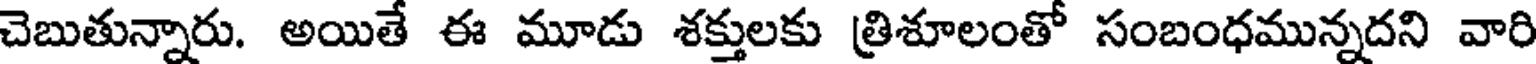
చెబుతున్నారు. అయితే ఈ మూడు శక్తులకు త్రిశూలంతో సంబంధమున్నదని వారి